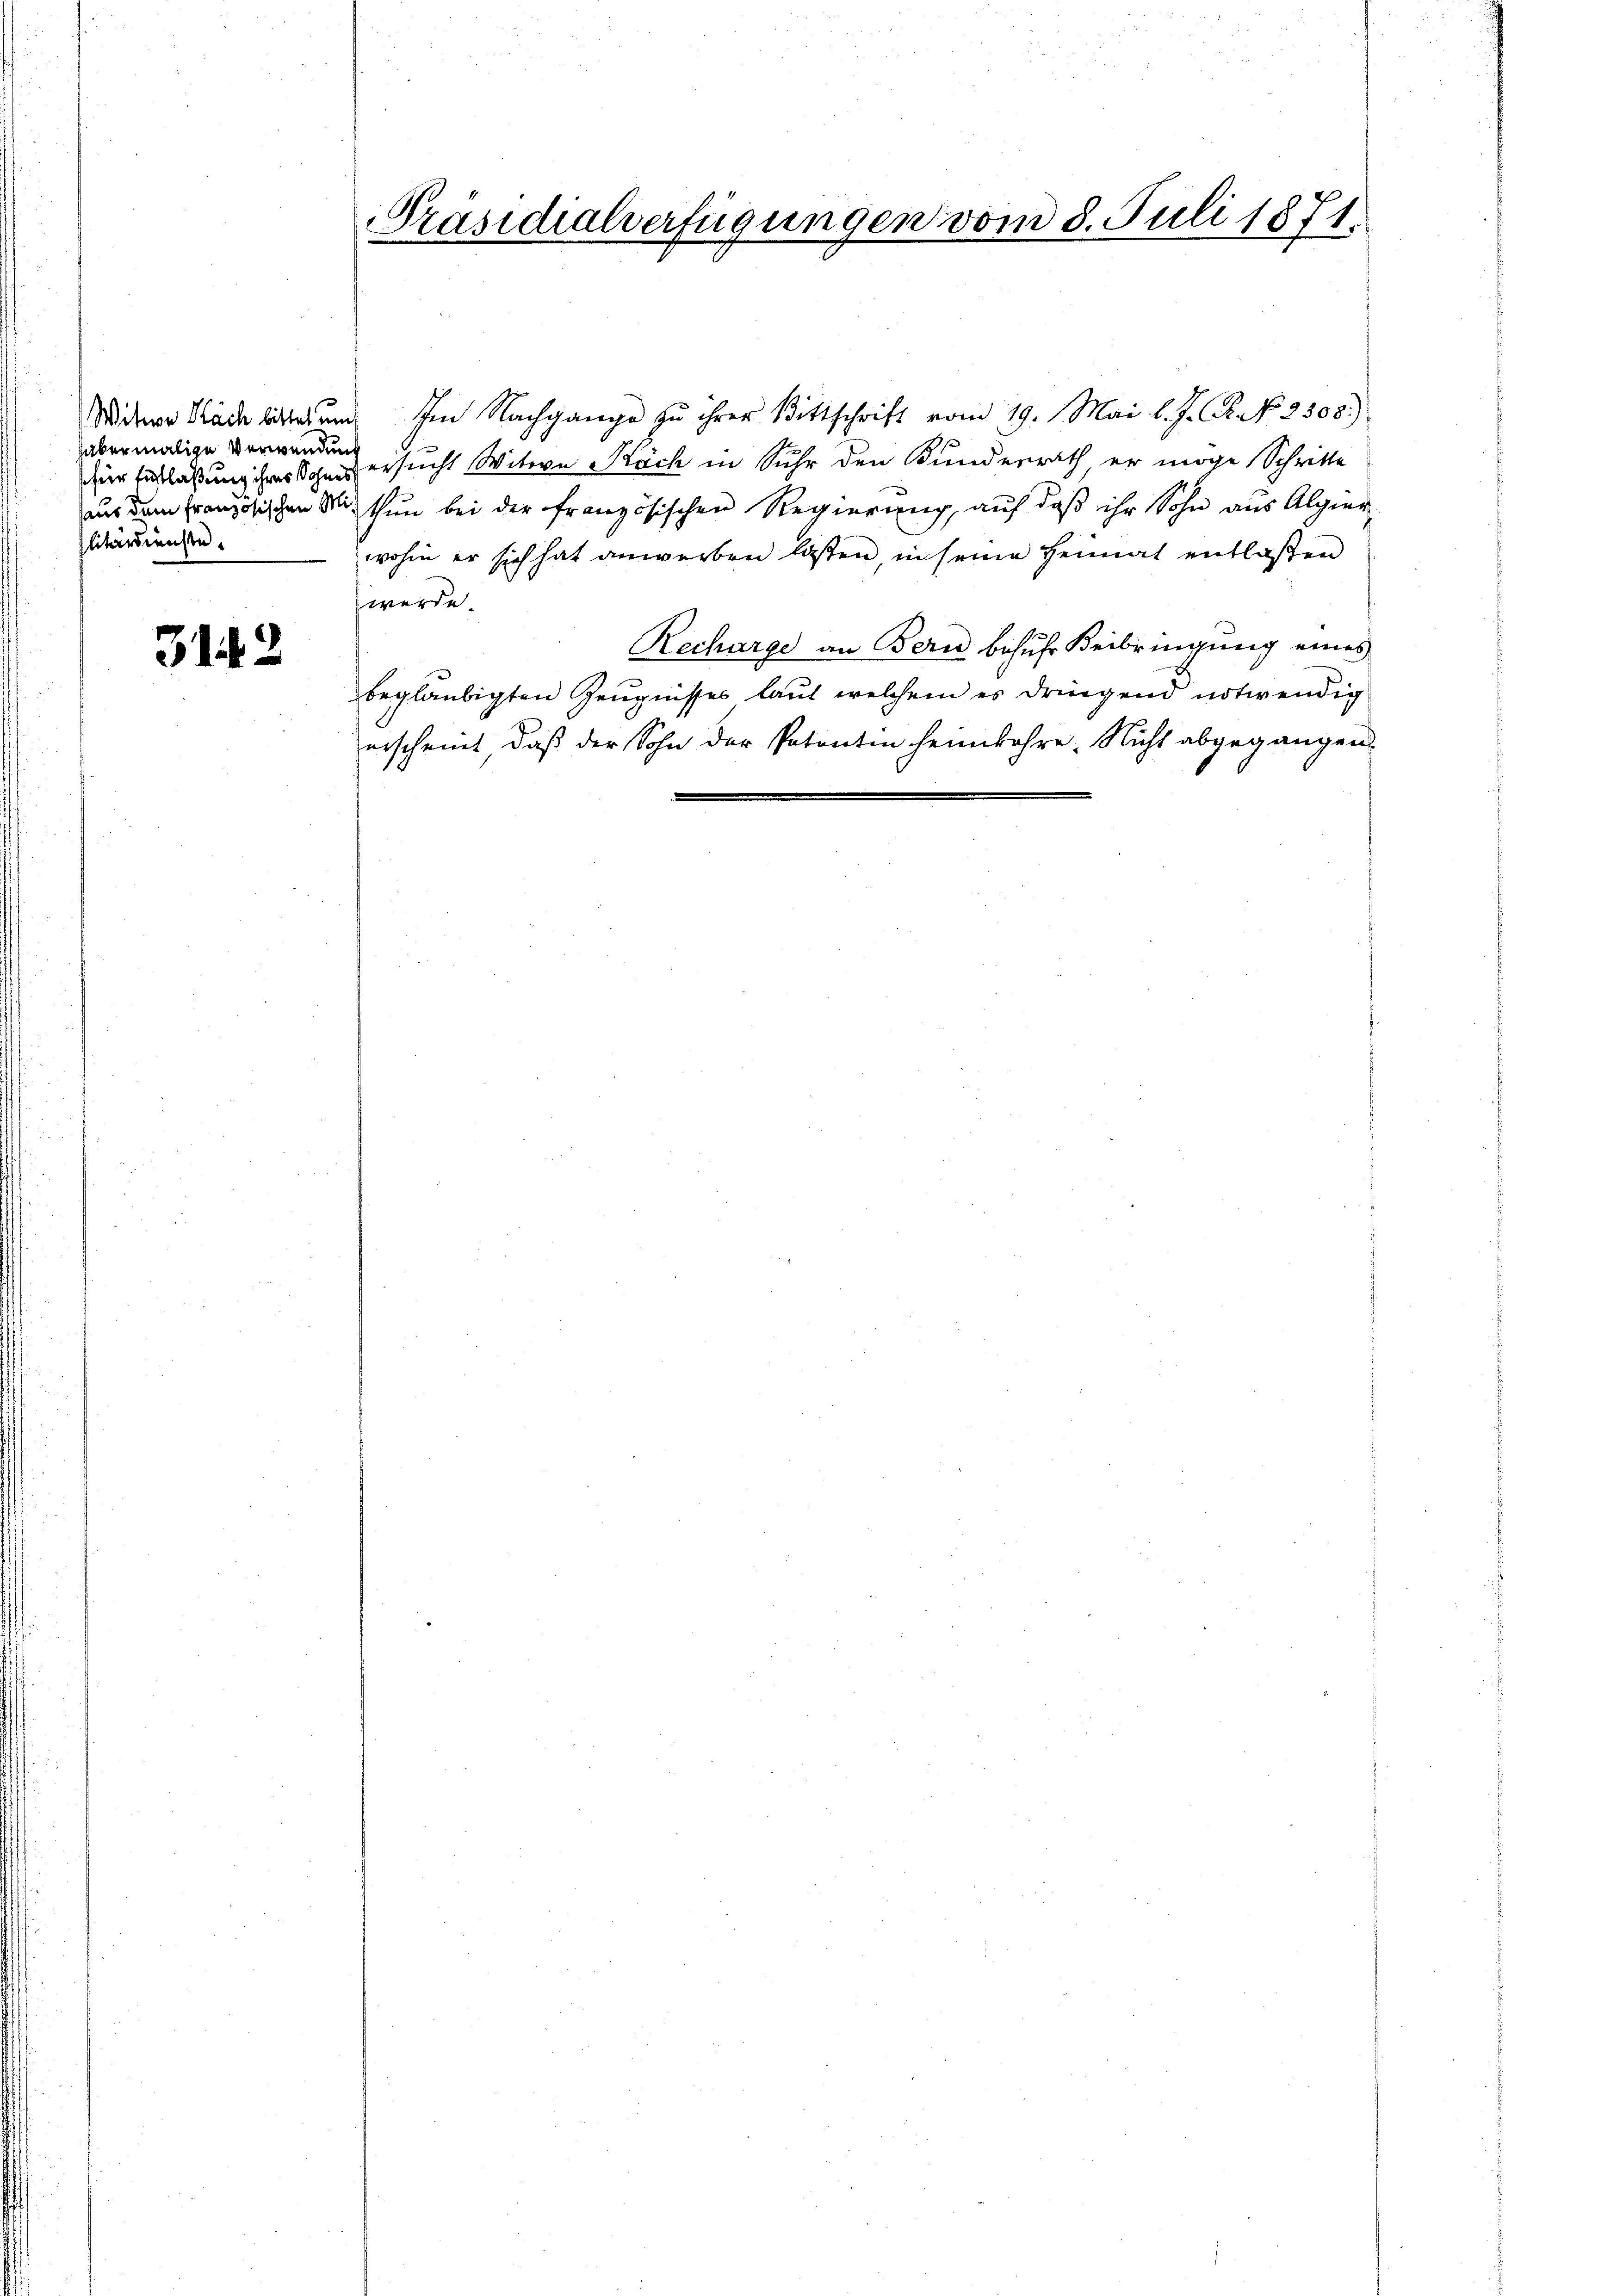
habermalige Verwendung
für Entlaßung ihres Sohnes
litärdienste.

3142

Präsidialverfügungen vom 8. Juli 1871.

Widere Nadelictes und Im Nachgange zu ihrer Bittschrift vom 19. Mai l. J. R. No. 3508.)
ersucht Witwe Köch in Suhr den Bunderrath, er möge Schritte
aus dem Französischen Sie thun bei der französischen Regierung, auf daß ihr Sohn aus Algier
wohin er sich hat anwerben lassen, in seine Heimat entlaßen
werde.
Recharge an Bern behufs Beibringung eines
beglaubigten Zeugnisses laut welchem es dringend notwendig
erscheint, daß der Sohn der Patentin heimfahre. Nicht abgegangen